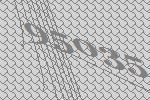
95035